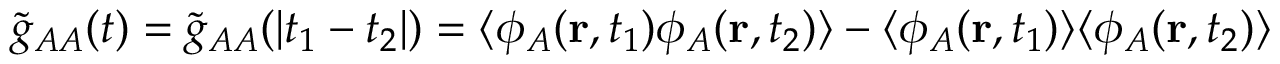
\tilde { g } _ { A A } ( t ) = \tilde { g } _ { A A } ( | t _ { 1 } - t _ { 2 } | ) = \langle \phi _ { A } ( \mathbf { r } , t _ { 1 } ) \phi _ { A } ( \mathbf { r } , t _ { 2 } ) \rangle - \langle \phi _ { A } ( \mathbf { r } , t _ { 1 } ) \rangle \langle \phi _ { A } ( \mathbf { r } , t _ { 2 } ) \rangle